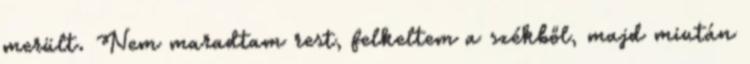
merült. Nem maradtam rest, felkeltem a székből, majd miután